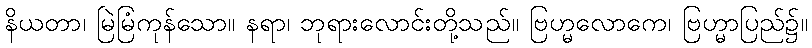
နိယတာ၊ မြဲမြံကုန်သော။ နရာ၊ ဘုရားလောင်းတို့သည်။ ဗြဟ္မလောကေ၊ ဗြဟ္မာပြည်၌။